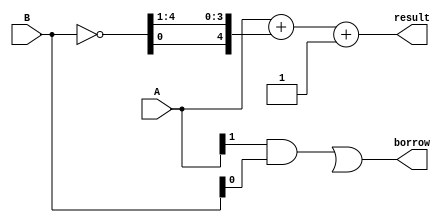
module subtractor(input [3:0] A, B,
                  output [4:0] result,
                  output borrow);

  wire [4:0] A_inv;
  wire [4:0] B_inv;
  wire [4:0] B_comp;
  wire [3:0] borrow_prop;

  assign A_inv = ~A;
  assign B_inv = ~B;
  assign B_comp = {B_inv[0], B_inv[4:1]};
  
  assign result = A + B_comp + 1;
  assign borrow_prop = {A[0], A[4:1]} & B;
  
  assign borrow = borrow_prop[0] | borrow_prop[4];
  
endmodule